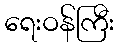
ရေးဝန်ကြီး